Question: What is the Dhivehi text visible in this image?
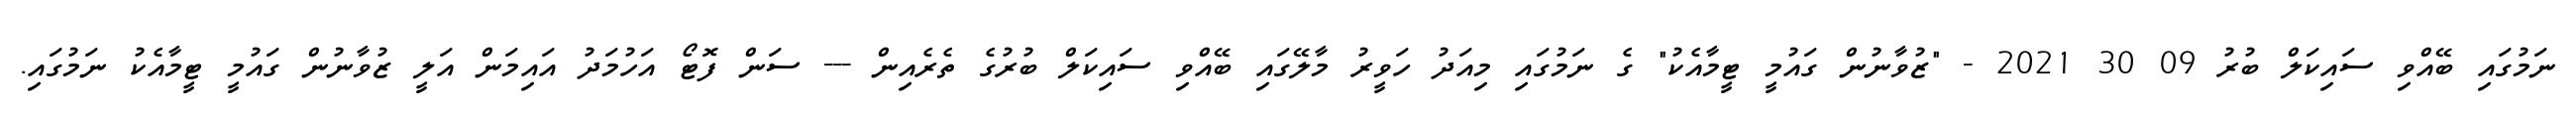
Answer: ނަމުގައި ބޭއްވި ސައިކަލް ބުރު 09 30 2021 - "ޒުވާނުން ގައުމީ ޓީމާއެކު" ގެ ނަމުގައި މިއަދު ހަވީރު މާލޭގައި ބޭއްވި ސައިކަލް ބުރުގެ ތެރެއިން --- ސަން ފޮޓޯ އަހުމަދު އައިމަން އަލީ ޒުވާނުން ގައުމީ ޓީމާއެކު ނަމުގައި.